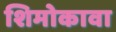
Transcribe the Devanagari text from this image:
शिमोकावा